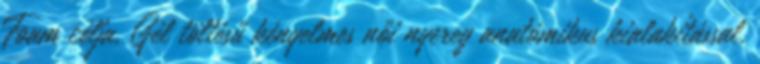
Foam célja. Gél töltésű kényelmes női nyereg anatómikus kialakítással.